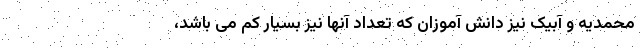
محمدیه و آبیک نیز دانش آموزان که تعداد آنها نیز بسیار کم می باشد،